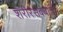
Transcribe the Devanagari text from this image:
शरीरसंबंधाचा